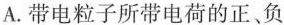
A.带电粒子所带电荷的正、负